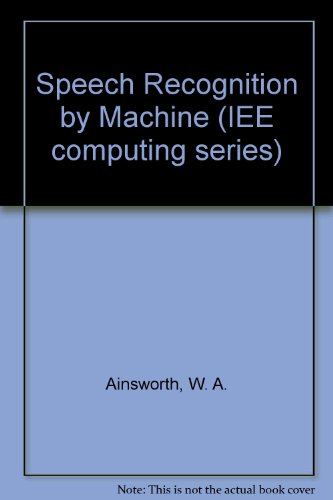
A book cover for Speech Recognition by Machine (Computing Series, 12); W. A. Ainsworth; Computers & Technology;